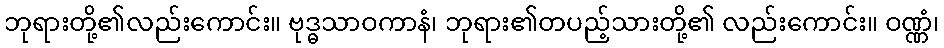
ဘုရားတို့၏လည်းကောင်း။ ဗုဒ္ဓသာဝကာနံ၊ ဘုရား၏တပည့်သားတို့၏ လည်းကောင်း။ ဝဏ္ဏံ၊